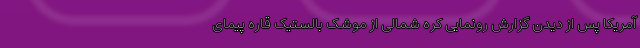
آمریکا پس از دیدن گزارش رونمایی کره شمالی از موشک بالستیک قاره پیمای